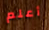
أعلم